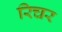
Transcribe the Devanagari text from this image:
रिचर